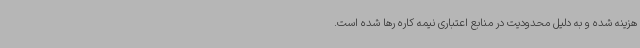
هزینه شده و به دلیل محدودیت در منابع اعتباری نیمه کاره رها شده است.